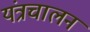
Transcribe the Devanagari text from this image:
यंत्रचालन